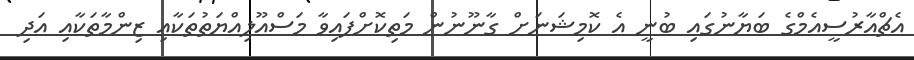
އެޗްއާރުސީއެމްގެ ބަޔާނުގައި ބުނީ އެ ކޮމިޝަނަށް ގާނޫނުން މަތިކޮށްފައިވާ މަސްއޫލިއްޔަތުތަކާއި ޒިންމާތަކާއި އަދި